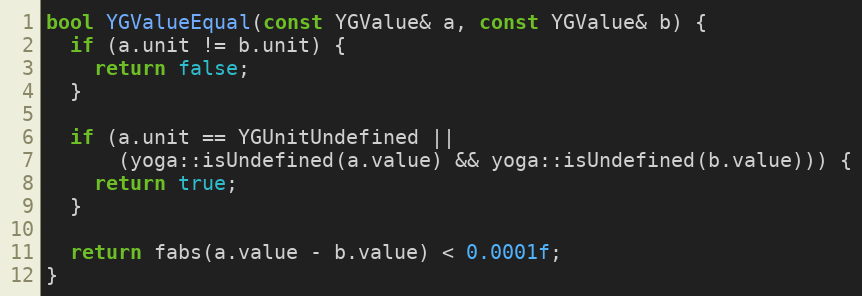
Language: C++
bool YGValueEqual(const YGValue& a, const YGValue& b) {
  if (a.unit != b.unit) {
    return false;
  }

  if (a.unit == YGUnitUndefined ||
      (yoga::isUndefined(a.value) && yoga::isUndefined(b.value))) {
    return true;
  }

  return fabs(a.value - b.value) < 0.0001f;
}